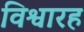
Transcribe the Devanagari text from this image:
विश्वारह